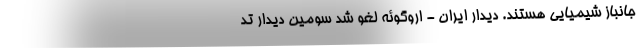
جانباز شیمیایی هستند. دیدار ایران - اروگوئه لغو شد سومین دیدار تد